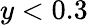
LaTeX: y<0.3